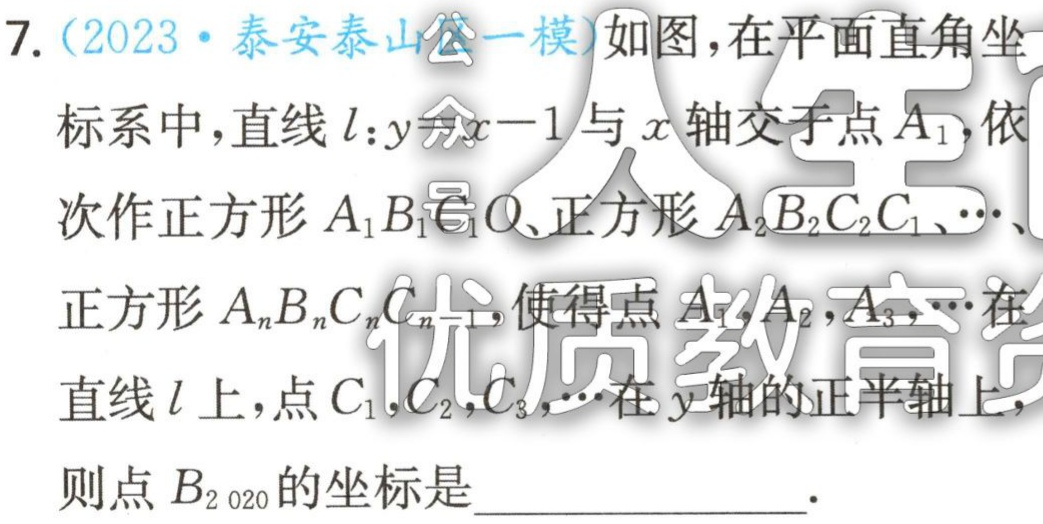
(2023·泰安泰山·一模) 如图，在平面直角坐标系中，直线\(l:y = x - 1\)与\(x\)轴交于点\(A_{1}\)，依 次作正方形\(OA_{1}B_{1}C_{1}\)，正方形\(A_{1}A_{2}B_{2}C_{2}\)，\(\cdots\)，正方形\(A_{n}A_{n + 1}B_{n + 1}C_{n + 1}\)，使得点\(A_{1}\)，\(A_{2}\)，\(A_{3}\)，\(\cdots\)在\(x\)轴正半轴上，点\(C_{1}\)，\(C_{2}\)，\(C_{3}\)，\(\cdots\)在直线\(l\)上，则点\(B_{2020}\)的坐标是  .